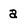
Character: a